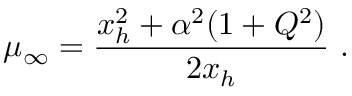
\mu _ { \infty } = { \frac { x _ { h } ^ { 2 } + \alpha ^ { 2 } ( 1 + Q ^ { 2 } ) } { 2 x _ { h } } } \ .